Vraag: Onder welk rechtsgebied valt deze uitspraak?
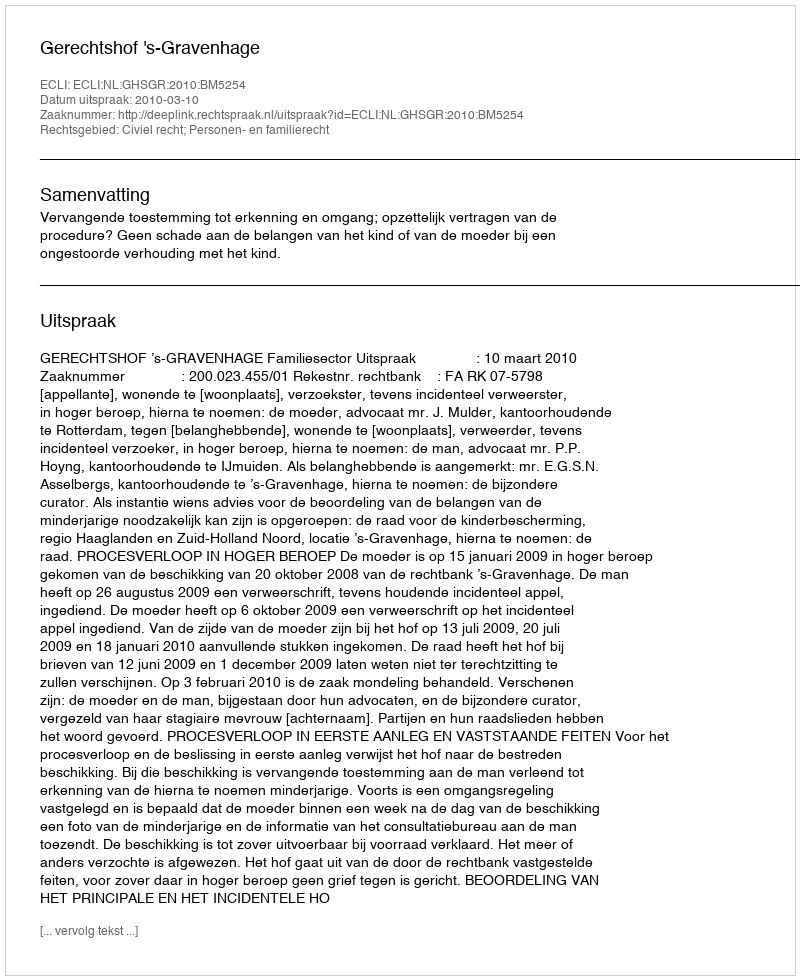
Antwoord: Civiel recht; Personen- en familierecht